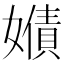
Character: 𡢻